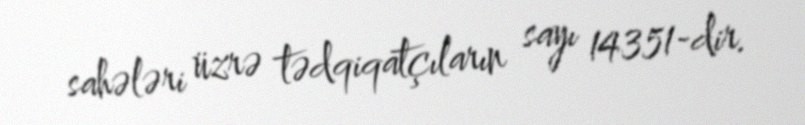
sahələri üzrə tədqiqatçıların sayı 14351-dir.